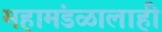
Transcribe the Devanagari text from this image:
महामंडळालाही